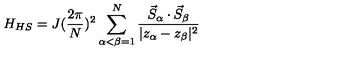
H _ { H S } = J ( \frac { 2 \pi } { N } ) ^ { 2 } \sum _ { \alpha < \beta = 1 } ^ { N } \frac { \vec { S } _ { \alpha } \cdot \vec { S } _ { \beta } } { | z _ { \alpha } - z _ { \beta } | ^ { 2 } }